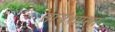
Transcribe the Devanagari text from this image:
सायंशाखा